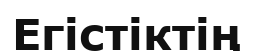
Егістіктің